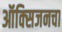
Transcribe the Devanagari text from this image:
ऑक्‍सिजनचा